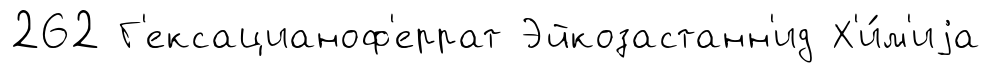
262 Г'ексацианоф'еррат Эйкозастанн'ид Х'и́м'иjа